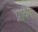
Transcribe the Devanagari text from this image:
प्रावेष